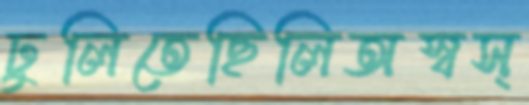
ঢুলিতেছিলিঅস্বস্